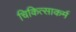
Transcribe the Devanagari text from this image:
चिकित्साकर्म